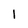
Character: I